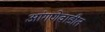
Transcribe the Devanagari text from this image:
आंगणेवाडीत